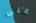
على